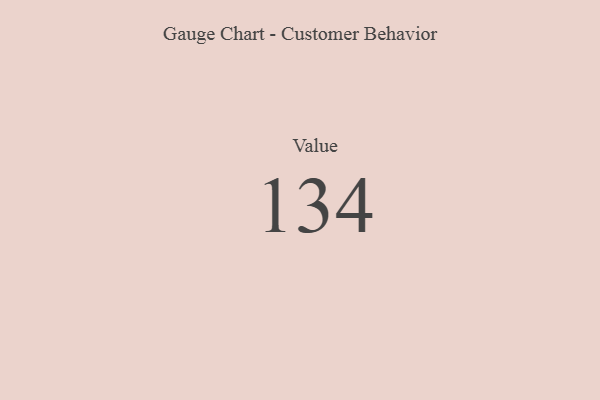
{"axis": {"x": "Metric", "y": "Value"}, "legend": [""], "data": [{"x": "Value", "y": 134, "type": ""}]}